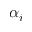
\alpha _ { i }